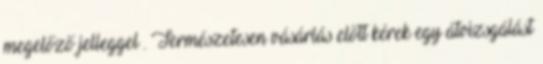
megelőző jelleggel . Természetesen vásárlás előtt kérek egy átvizsgálást